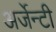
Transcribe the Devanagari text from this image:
अर्जेन्टी